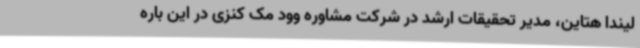
لیندا هتاین، مدیر تحقیقات ارشد در شرکت مشاوره وود مک کنزی در این باره